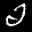
Label: 2